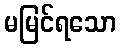
မမြင်ရသော